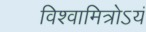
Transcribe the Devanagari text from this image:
विश्वामित्रोऽयं